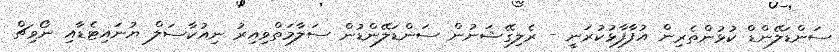
ސަންޑަލޭންޑް ކުޅުންތެރިން އުފާފާޅުކުރަނީ - ރެލިގޭޝަނުން ސަންޑަލޭންޑުން ސަލާމަތްވިއިރު ނިއުކާސަލް ޔުނައިޓެޑާއި ނޯވިޗް